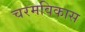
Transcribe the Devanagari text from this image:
चरमविकास